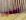
اصغوا